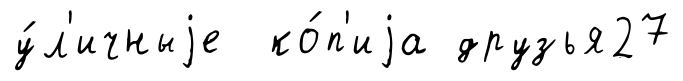
у́л'ичныjе ко́п'иjа друзья27